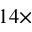
1 4 \times